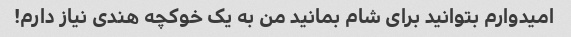
امیدوارم بتوانید برای شام بمانید من به یک خوکچه هندی نیاز دارم!